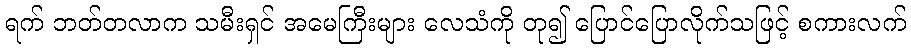
ရက် ဘတ်တလာက သမီးရှင် အမေကြီးများ လေသံကို တု၍ ပြောင်ပြောလိုက်သဖြင့် စကားလက်